Madras plague regulations in force outside the Presidency town - Volume 2
Disease focus: Plague
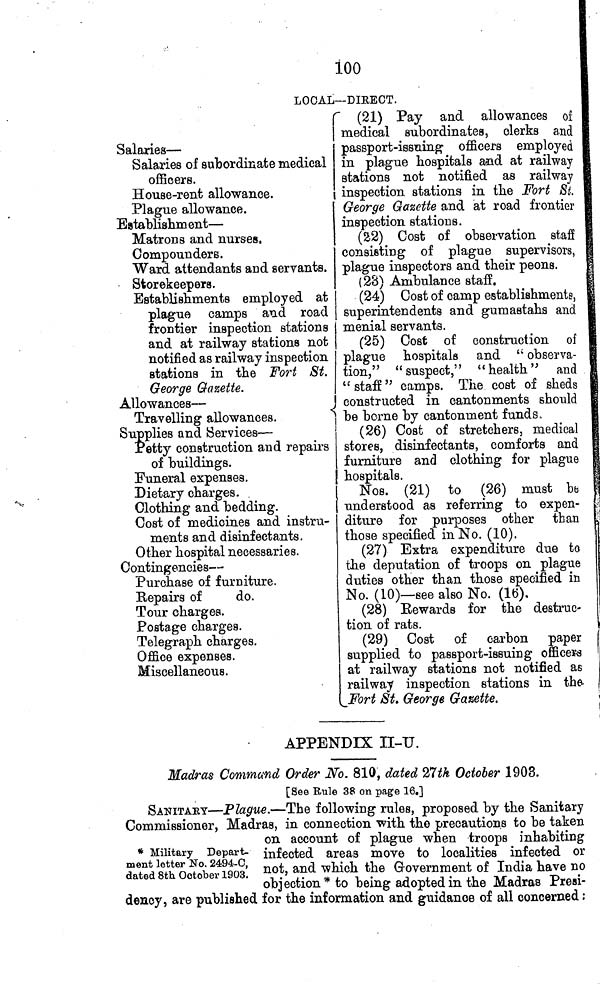
100
LOCAL—DIRECT.
Salaries —
Salaries of subordinate medical
officers.
House-rent allowance.
Plague allowance.
Establishment —
Matrons and nurses,
Compounders.
Ward attendants and servants.
Storekeepers.
Establishments employed at
plague camps and road
frontier inspection stations
and at railway stations not
notified as railway inspection
stations in the Fort St.
George Gazette.
Allowances —
(21) Pay and allowances of
medical subordinates, clerks
and
passport-issuing officers employed
in plague hospitals and at railway
stations not notified as railway
inspection stations in the Fort Sí.
George Gazette and at road frontier
inspection stations.
(22) Cost of observation
staff
consisting of plague supervisors,
plague inspectors and their peons.
(23) Ambulance
staff.
(24) Cost of camp establishments,
superintendents and gumastahs and
menial servants.
(25) Cost of construction of
plague hospitals and " observa-
tion," "suspect," "health" and
" staff " camps. The cost of sheds
constructed in cantonments should
Travelling allowances.
be borne by cantonment funds.
Supplies and Services —
Petty construction and repairs
of buildings.
Funeral expenses.
Dietary charges.
Clothing and bedding.
Cost of medicines and instru-
ments and disinfectants.
Other hospital necessaries.
Contingencies —
Purchase of furniture.
Repairs of
do.
Tour charges.
Postage charges.
Telegraph charges.
Office expenses.
Miscellaneous.
(26) Cost of stretchers, medical
stores, disinfectants, comforts and
furniture and clothing for plague
hospitals.
Nos. (21) to (26) must be
understood as referring to expen-
diture for purposes other than
those specified in No. (10).
(27) Extra expenditure due to
the deputation of troops on plague
duties other than those specified in
No. (10)— see also No. (16).
(28) Rewards for the destruc-
tion of rats.
(29) Cost of carbon paper
supplied to passport-issuing officers
at railway stations not notified as
railway inspection stations in the-
Fort St. George Gazette.
APPENDIX II-U.
Madras Command Order No. 810, dated 27th October 1903.
[See Eule 38 on page 16.]
* Military Depart-
ment letter No. 2494-C,
dated 8th October 1903.
SANITARY—Plague.—The following rules, proposed by the Sanitary
Commissioner, Madras, in connection with the precautions to be taken
on account of plague when troops inhabiting
infected areas move to localities infected or
not, and which the Government of India have no
objection* to being adopted in the Madras Presi-
dency, are published for the information and guidance of all concerned :